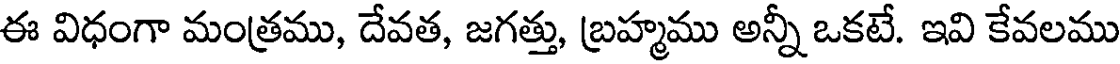
ఈ విధంగా మంత్రము, దేవత, జగత్తు, బ్రహ్మము అన్నీ ఒకటే. ఇవి కేవలము